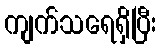
ကျက်သရေရှိပြီး